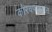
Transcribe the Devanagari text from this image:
कौरवपांडवांत